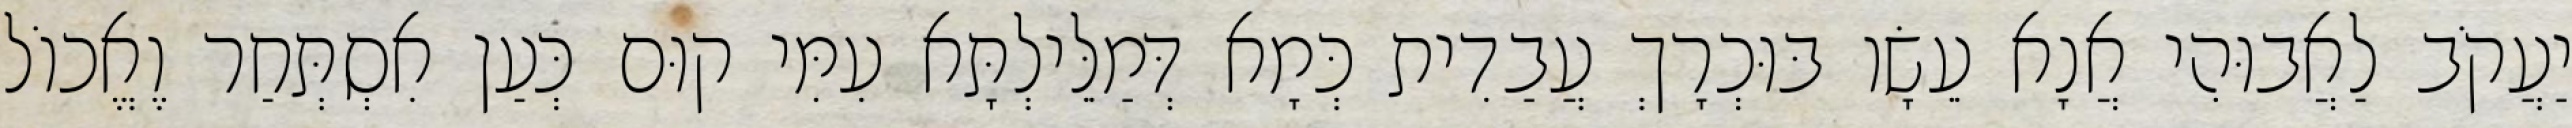
יַעֲקֹב לַאֲבוּהִי אֲנָא עֵשָׂו בּוּכְרָךְ עֲבַדִית כְּמָא דְּמַלֵּילְתָּא עִמִּי קוּם כְּעַן אִסְתְּחַר וֶאֱכוֹל